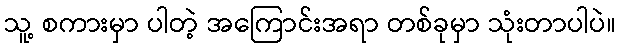
သူ့ စကားမှာ ပါတဲ့ အကြောင်းအရာ တစ်ခုမှာ သုံးတာပါပဲ။